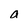
Character: a